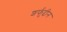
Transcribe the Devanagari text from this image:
शर्फुद्दीन